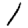
Digit: 1